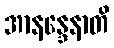
အာနန္ဒေနာတိ